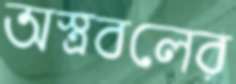
অস্ত্রবলের